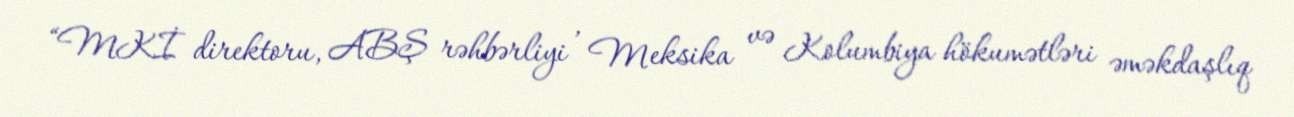
“MKİ direktoru, ABŞ rəhbərliyi , Meksika və Kolumbiya hökumətləri əməkdaşlıq